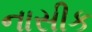
નાસીક